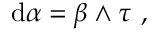
\mathrm { d } \alpha = \beta \wedge \tau \ ,